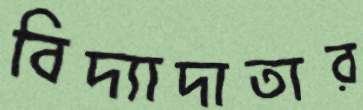
বিদ্যাদাতার